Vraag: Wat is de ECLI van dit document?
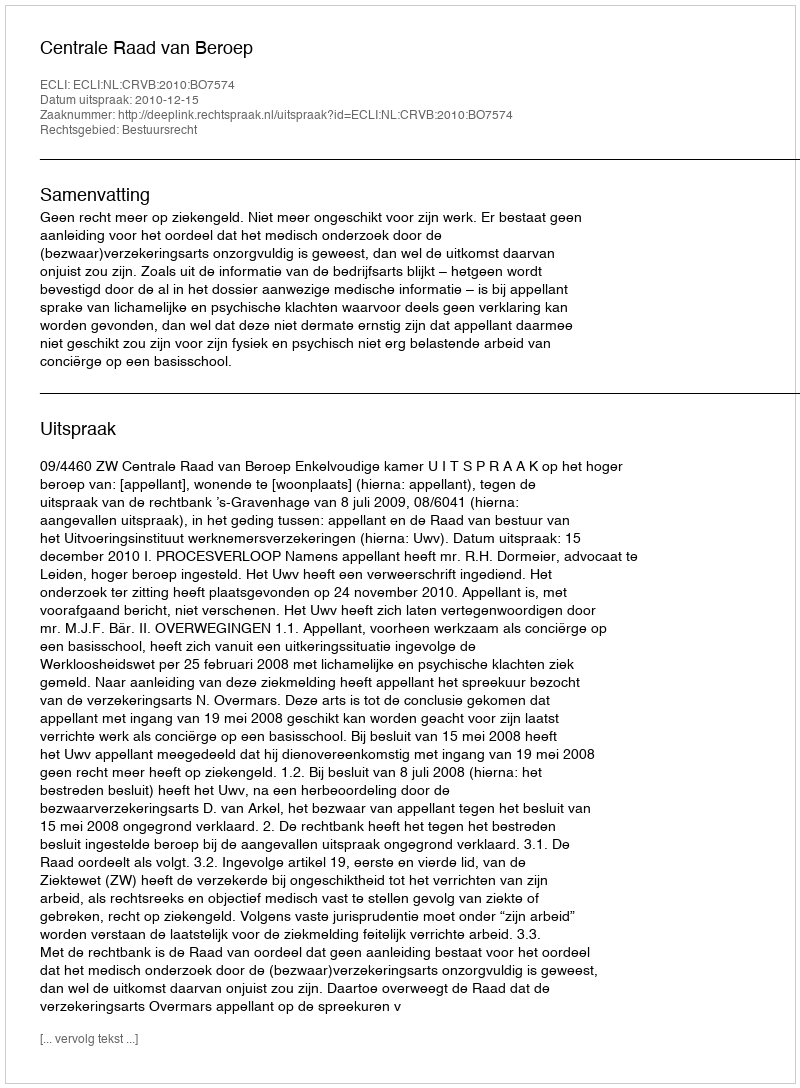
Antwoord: ECLI:NL:CRVB:2010:BO7574